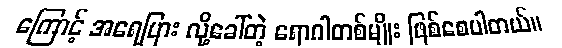
ကြောင့် အရေပြား လို့ခေါ်တဲ့ ရောဂါတစ်မျိုး ဖြစ်စေပါတယ်။